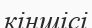
кіншісі